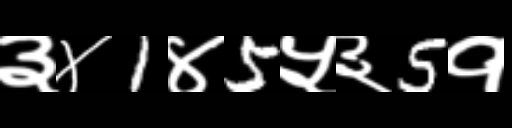
Text: ३४1४5५३5१